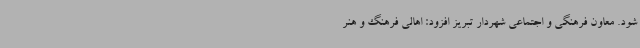
شود. معاون فرهنگی و اجتماعی شهردار تبریز افزود: اهالی فرهنگ و هنر